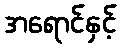
အရောင်နှင့်